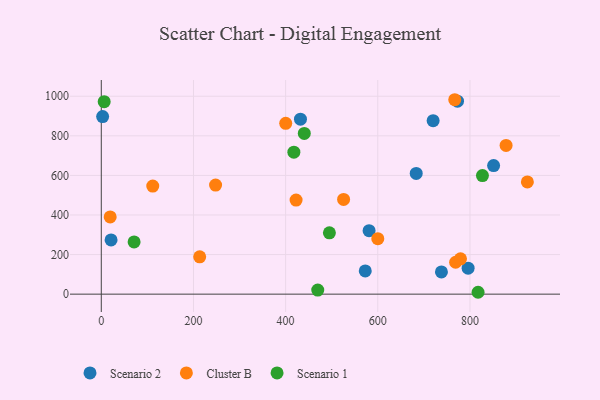
{"axis": {"x": "Price", "y": "Demand"}, "legend": ["Cluster B", "Scenario 1", "Scenario 2"], "data": [{"x": "572.8", "y": 117.4, "type": "Scenario 2"}, {"x": "796.0", "y": 131.1, "type": "Scenario 2"}, {"x": "683.4", "y": 609.9, "type": "Scenario 2"}, {"x": "738.1", "y": 112.3, "type": "Scenario 2"}, {"x": "21.2", "y": 274.1, "type": "Scenario 2"}, {"x": "773.0", "y": 975.3, "type": "Scenario 2"}, {"x": "851.3", "y": 649.7, "type": "Scenario 2"}, {"x": "720.1", "y": 876.7, "type": "Scenario 2"}, {"x": "432.2", "y": 884.4, "type": "Scenario 2"}, {"x": "581.1", "y": 320.6, "type": "Scenario 2"}, {"x": "2.9", "y": 897.3, "type": "Scenario 2"}, {"x": "768.9", "y": 161.2, "type": "Cluster B"}, {"x": "19.3", "y": 390.1, "type": "Cluster B"}, {"x": "779.5", "y": 178.6, "type": "Cluster B"}, {"x": "422.7", "y": 475.2, "type": "Cluster B"}, {"x": "111.7", "y": 546.3, "type": "Cluster B"}, {"x": "767.0", "y": 982.5, "type": "Cluster B"}, {"x": "878.4", "y": 751.7, "type": "Cluster B"}, {"x": "924.6", "y": 567.1, "type": "Cluster B"}, {"x": "248.0", "y": 551.3, "type": "Cluster B"}, {"x": "400.2", "y": 863.1, "type": "Cluster B"}, {"x": "600.0", "y": 280.4, "type": "Cluster B"}, {"x": "213.5", "y": 188.8, "type": "Cluster B"}, {"x": "525.8", "y": 478.7, "type": "Cluster B"}, {"x": "417.9", "y": 717.7, "type": "Scenario 1"}, {"x": "71.2", "y": 264.1, "type": "Scenario 1"}, {"x": "469.7", "y": 20.6, "type": "Scenario 1"}, {"x": "827.1", "y": 599.1, "type": "Scenario 1"}, {"x": "495.0", "y": 309.9, "type": "Scenario 1"}, {"x": "440.5", "y": 812.3, "type": "Scenario 1"}, {"x": "817.6", "y": 9.5, "type": "Scenario 1"}, {"x": "6.3", "y": 972.4, "type": "Scenario 1"}]}